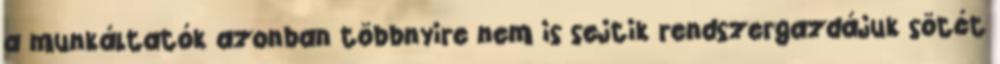
a munkáltatók azonban többnyire nem is sejtik rendszergazdájuk sötét